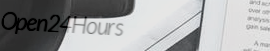
Open24Hours